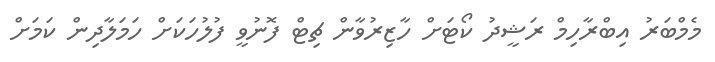
މެމްބަރު އިބްރާހިމް ރަޝީދު ކޯޓަށް ހާޒިރުވާން ޗިޓް ފޮނުވީ ފުލުހަކަށް ހަމަލާދިން ކަމަށް